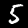
Label: 5